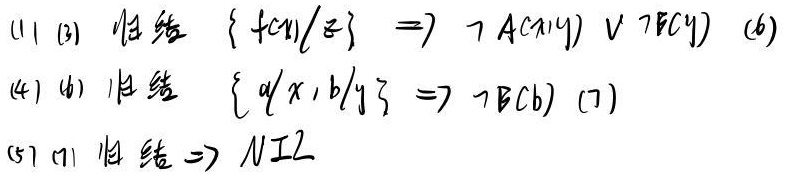
(1) (3) 归结 $\{ f(x)/z\} \Rightarrow \neg A(x,y)\vee \neg F(y)$ (6)
(4) (6) 归结 $\{ a/x,b/y\} \Rightarrow \neg B(b)$ (7)
(5) (7) 归结 $\Rightarrow \square$